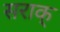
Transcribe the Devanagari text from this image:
सराक्